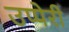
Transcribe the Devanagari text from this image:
उप्पेरी